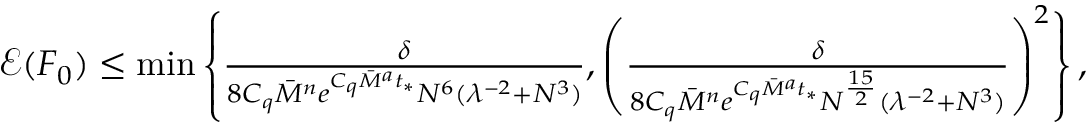
\begin{array} { r } { \mathcal { E } ( F _ { 0 } ) \leq \operatorname* { m i n } \left\{ \frac { \delta } { 8 C _ { q } \overbar { M } ^ { n } e ^ { C _ { q } \overbar { M } ^ { a } t _ { * } } N ^ { 6 } ( \lambda ^ { - 2 } + N ^ { 3 } ) } , \left( \frac { \delta } { 8 C _ { q } \overbar { M } ^ { n } e ^ { C _ { q } \overbar { M } ^ { a } t _ { * } } N ^ { \frac { 1 5 } { 2 } } ( \lambda ^ { - 2 } + N ^ { 3 } ) } \right) ^ { 2 } \right\} , } \end{array}